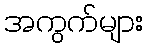
အကွက်များ